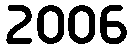
2006